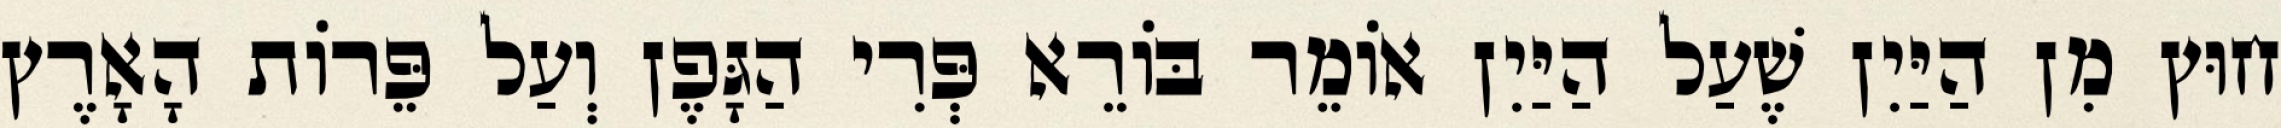
חוּץ מִן הַיַּיִן שֶׁעַל הַיַּיִן אוֹמֵר בּוֹרֵא פְּרִי הַגָּפֶן וְעַל פֵּרוֹת הָאָרֶץ